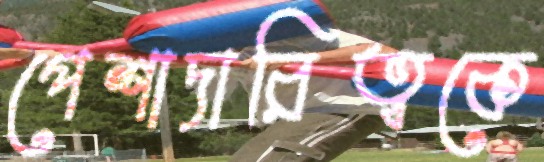
পেশাদারিত্বকে